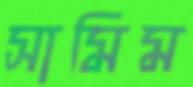
সামিম